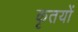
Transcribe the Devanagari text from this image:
कृतयों